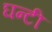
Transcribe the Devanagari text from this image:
घन्टी